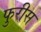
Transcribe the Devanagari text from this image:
फुरीस